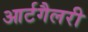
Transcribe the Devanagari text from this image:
आर्टगैलरी